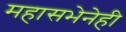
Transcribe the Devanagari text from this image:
महासभेनेही